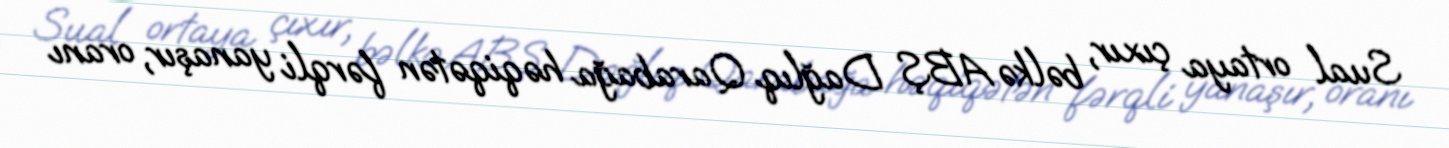
Sual ortaya çıxır, bəlkə ABŞ Dağlıq Qarabağa həqiqətən fərqli yanaşır, oranı